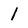
Character: 1